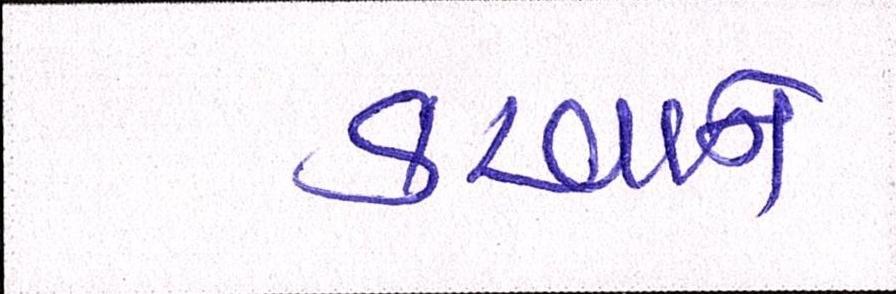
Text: કરવાને